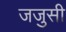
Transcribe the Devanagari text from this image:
जजुसी